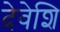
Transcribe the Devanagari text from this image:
देवेशि